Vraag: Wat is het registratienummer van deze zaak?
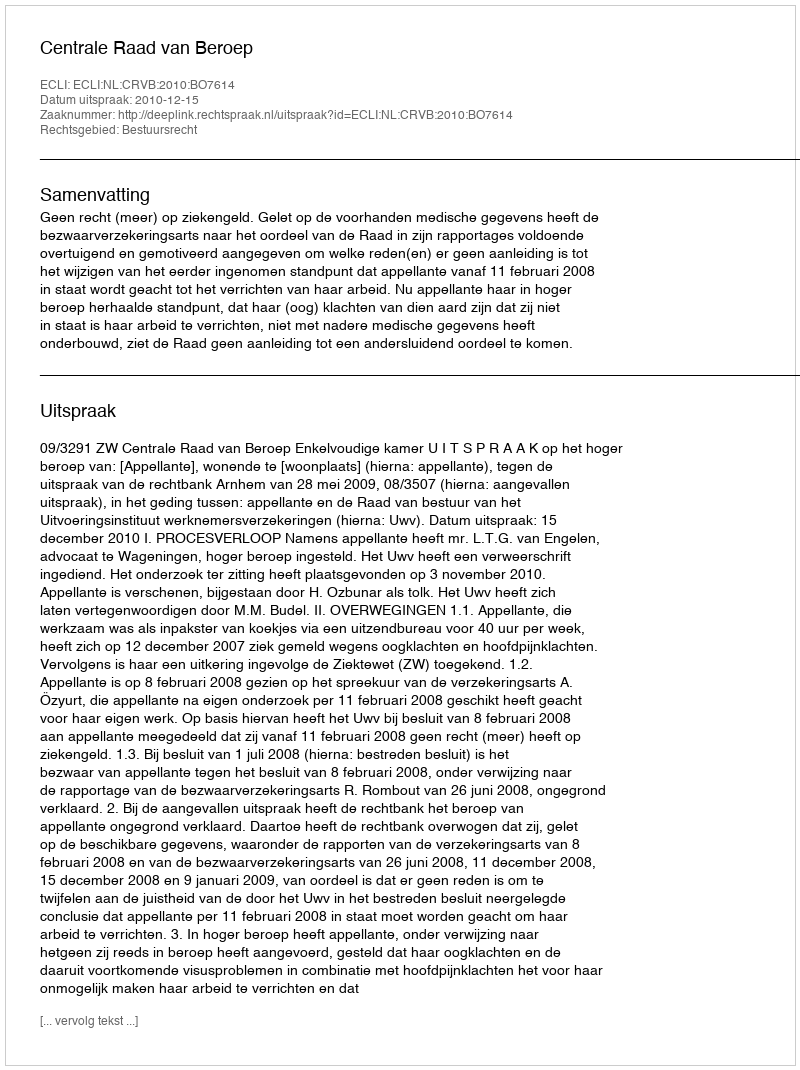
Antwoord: http://deeplink.rechtspraak.nl/uitspraak?id=ECLI:NL:CRVB:2010:BO7614